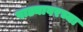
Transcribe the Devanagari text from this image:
पाड्यावरच्या